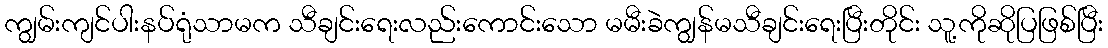
ကျွမ်းကျင်ပါးနပ်ရုံသာမက သီချင်းရေးလည်းကောင်းသော မမီးခဲကျွန်မသီချင်းရေးပြီးတိုင်း သူ့ကိုဆိုပြဖြစ်ပြီး